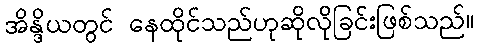
အိန္ဒိယတွင် နေထိုင်သည်ဟုဆိုလိုခြင်းဖြစ်သည်။